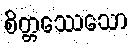
စိတ္တဿေသော